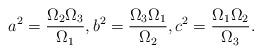
LaTeX: \begin{align*}a^2=\frac{\Omega_2\Omega_3}{\Omega_1},b^2=\frac{\Omega_3\Omega_1}{\Omega_2},c^2=\frac{\Omega_1\Omega_2}{\Omega_3}.\end{align*}